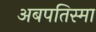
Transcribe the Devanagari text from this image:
अबपतिस्मा